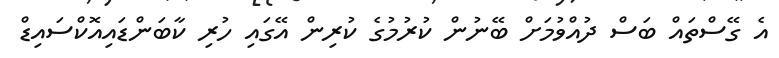
އެ ގޭސްތައް ބަސް ދުއްވުމަށް ބޭނުން ކުރުމުގެ ކުރިން އޭގައި ހުރި ކާބަންޑައިއޮކްސައިޑް